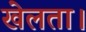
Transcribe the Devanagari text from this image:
खेलता।